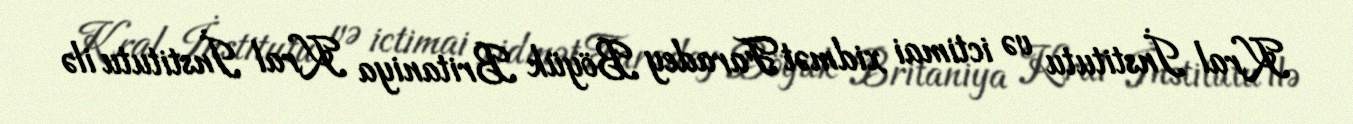
Kral İnstitutu və ictimai xidmət Faradey Böyük Britaniya Kral İnstitutu ilə